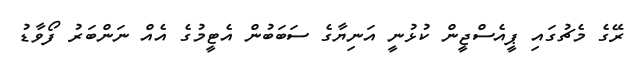
ރޭގެ މެޗުގައި ޕީއެސްޖީން ކުޅުނީ އަނިޔާގެ ސަބަބުން އެޓީމުގެ އެއް ނަންބަރު ފޯވާޑު